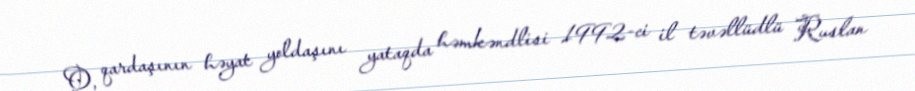
O, qardaşının həyat yoldaşını yataqda həmkəndlisi 1992-ci il təvəllüdlü Ruslan